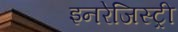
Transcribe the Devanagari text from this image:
इनरेजिस्ट्री